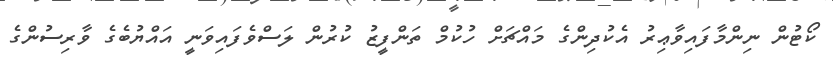
ކޯޓުން ނިންމާފައިވާޢިރު އެކުދިންގެ މައްޗަށް ހުކުމް ތަންފީޒު ކުރުން ލަސްވެފައިވަނީ އައްޔުބެގެ ވާރިސުންގެ